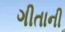
ગીતાની